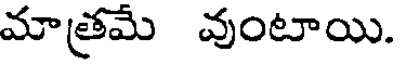
మాత్రమే వుంటాయి.